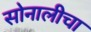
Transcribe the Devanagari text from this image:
सोनालीचा